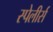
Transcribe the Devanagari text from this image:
स्पेलीर्स